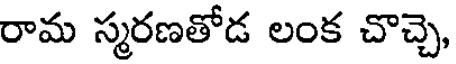
రామ స్మరణతోడ లంక చొచ్చె,